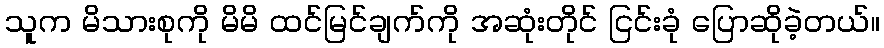
သူက မိသားစုကို မိမိ ထင်မြင်ချက်ကို အဆုံးတိုင် ငြင်းခုံ ပြောဆိုခဲ့တယ်။